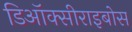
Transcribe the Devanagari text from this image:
डिऑक्सीराइबोस